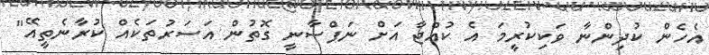
އެހެން ކުދިންނާ ވަކިކުރީމަ އެ ކުއްޖާ އަށް ނަފްސާނީ ގޮތުން އަސަރުތަކެއް ކުރާނެތީއޭ"